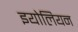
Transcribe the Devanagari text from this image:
इयोलियन